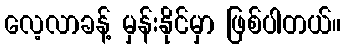
လေ့လာခန့် မှန်းနိုင်မှာ ဖြစ်ပါတယ်။